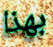
بهذا